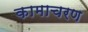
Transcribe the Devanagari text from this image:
कामाचरण